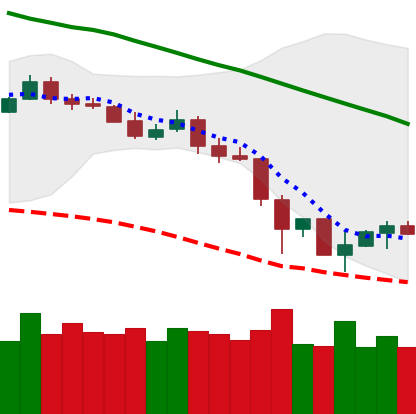
Ticker: LTC-USD
Chart end date: 2019-11-28
Forward return: -3.56%
Label: down_3_5